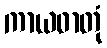
ကာယဓာတုံ